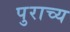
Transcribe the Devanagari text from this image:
पुराच्य